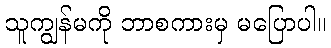
သူကျွန်မကို ဘာစကားမှ မပြောပါ။